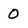
Character: 0